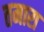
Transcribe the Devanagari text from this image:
तमारा